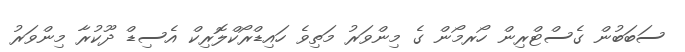
ސަބަބުން ގެސްޓްރިން ހޯރމޯން ގެ މިންވަރު މަތިވެ ހައިޑްރޯކްލޮރިކް އެސިޑް ދޫކުރާ މިންވަރު